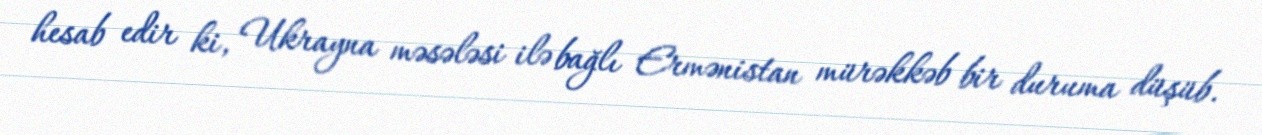
hesab edir ki, Ukrayna məsələsi ilə bağlı Ermənistan mürəkkəb bir duruma düşüb.